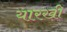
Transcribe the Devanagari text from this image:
यारखी